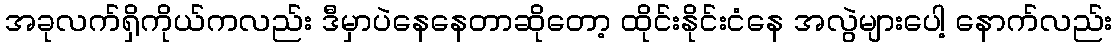
အခုလက်ရှိကိုယ်ကလည်း ဒီမှာပဲနေနေတာဆိုတော့ ထိုင်းနိုင်းငံနေ အလွဲများပေါ့ နောက်လည်း